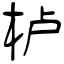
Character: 栌